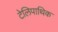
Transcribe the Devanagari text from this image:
टेलिपाथिक